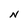
Character: N